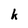
Character: k